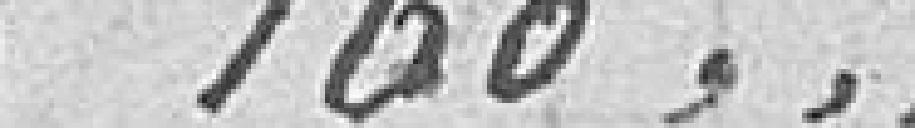
160